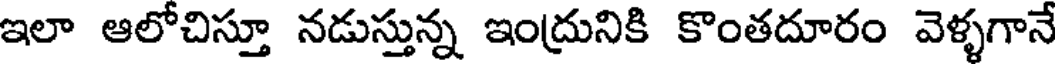
ఇలా ఆలోచిస్తూ నడుస్తున్న ఇంద్రునికి కొంతదూరం వెళ్ళగానే